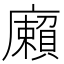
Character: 𢋷